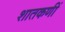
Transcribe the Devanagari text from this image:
शातकणीं